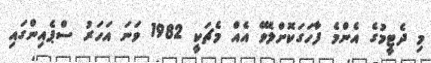
މި ދެޓީމުގެ އެންމެ ފާހަގަކޮށްލެވޭ އެއް މެޗަކީ 1982 ވަނަ އަހަރު ސްޕެއިންގައި